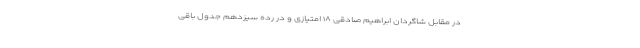
در مقابل شاگردان ابراهیم صادقی ۱۸ امتیازی و در رده سیزدهم جدول باقی